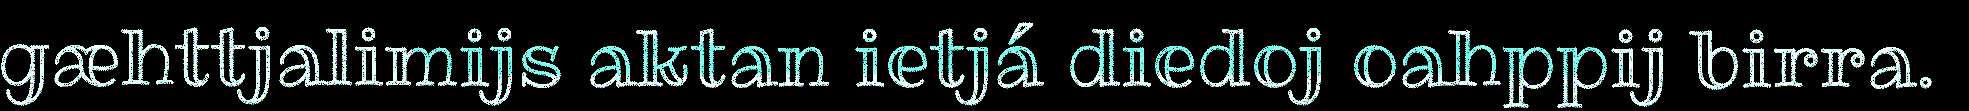
gæhttjalimijs aktan ietjá diedoj oahppij birra.